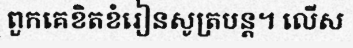
ពួកគេខិតខំរៀនសូត្របន្ត។ លើស